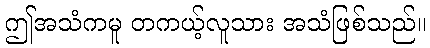
ဤအသံကမူ တကယ့်လူသား အသံဖြစ်သည်။